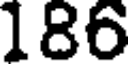
186